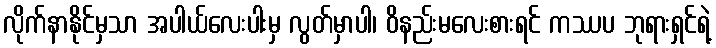
လိုက်နာနိုင်မှသာ အပါယ်လေးပါးမှ လွတ်မှာပါ၊ ဝိနည်းမလေးစားရင် ကဿပ ဘုရားရှင်ရဲ့